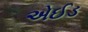
એઈડ